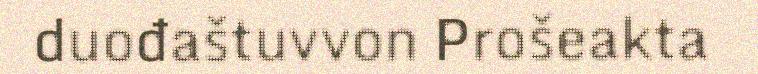
duođaštuvvon Prošeakta